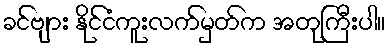
ခင်ဗျား နိုင်ငံကူးလက်မှတ်က အတုကြီးပါ။